Vaccination in Bombay 1863-1868 - 1863-1868
Year: 1863
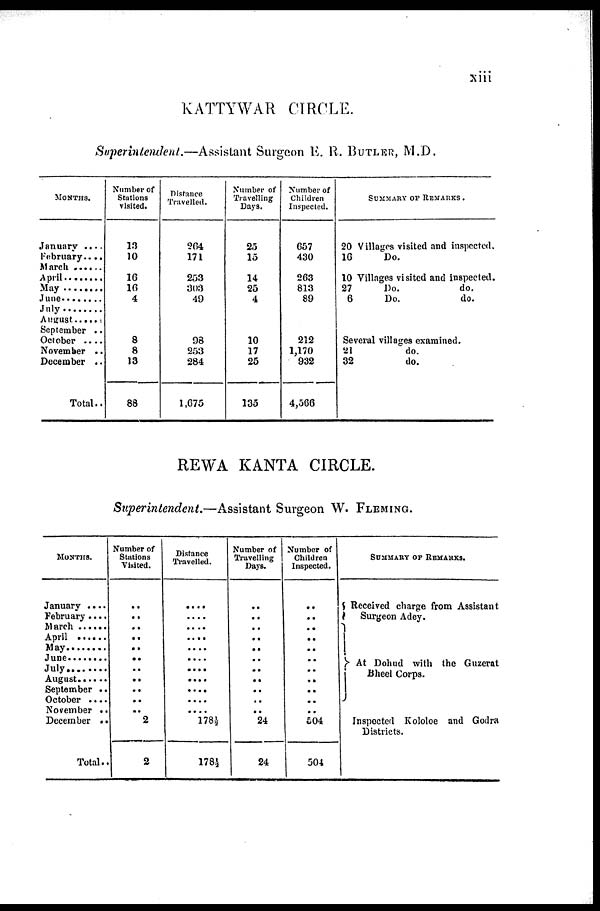
xiii
KATTYWAR CIRCLE.
Superintendent.—Assistant Surgeon E. R. BUTLER, M.D.
MONTHS.
January .......
February......
March ..........
April ............
May .............
June .............
July ..............
August
September ..
October ....
November ..
December ..
Total..
Number of
Stations
visited.
13
10
16
16
4
8
8
13
88
Distance
Travelled.
264
171
253
303
49
98
253
284
1,675
Number of
Travelling
Days.
25
15
14
25
4
10
17
25
135
Number of
Children
Inspected.
657
430
263
813
89
212
1,170
932
4,566
SUMMARY OF REMARKS .
20 Villages visited and inspected.
16
Do.
10 Villages visited and inspected.
27
Do.
do.
6
Do.
do.
Several villages examined.
21
do.
32
do.
REWA KANTA CIRCLE.
Superintendent.—Assistant Surgeon W. FLEMING.
MONTHS.
January ....
February ....
March
April
May
June
July..
August
September ..
October
November ..
December ..
Total..
Number of
Stations
Visited.
..
..
..
..
..
..
..
..
..
..
..
2
2
Distance
Travelled.
....
....
....
....
....
....
....
....
....
....
....
178½
178½
Number of
Travelling
Days.
..
..
..
..
..
..
..
..
..
..
..
24
24
Number of
Children
Inspected.
..
..
..
..
..
..
..
..
..
..
..
504
504
SUMMARY OF REMARKS.
Received charge from Assistant
Surgeon Adey.
At Dohud with the Guzerat
Bheel Corps.
Inspected Kololoe and Godra
Districts.